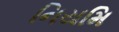
નિયમિ